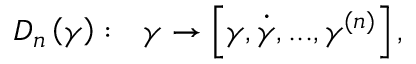
D _ { n } \left( \boldsymbol { \gamma } \right) : ~ \ \boldsymbol { \gamma } \rightarrow \left[ \boldsymbol { \gamma } , \dot { \boldsymbol { \gamma } } , . . . , \boldsymbol { \gamma } ^ { ( n ) } \right] ,